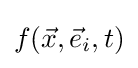
f({\vec {x}},{\vec {e}}_{i},t)